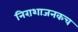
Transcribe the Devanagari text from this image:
निराशाजनकच